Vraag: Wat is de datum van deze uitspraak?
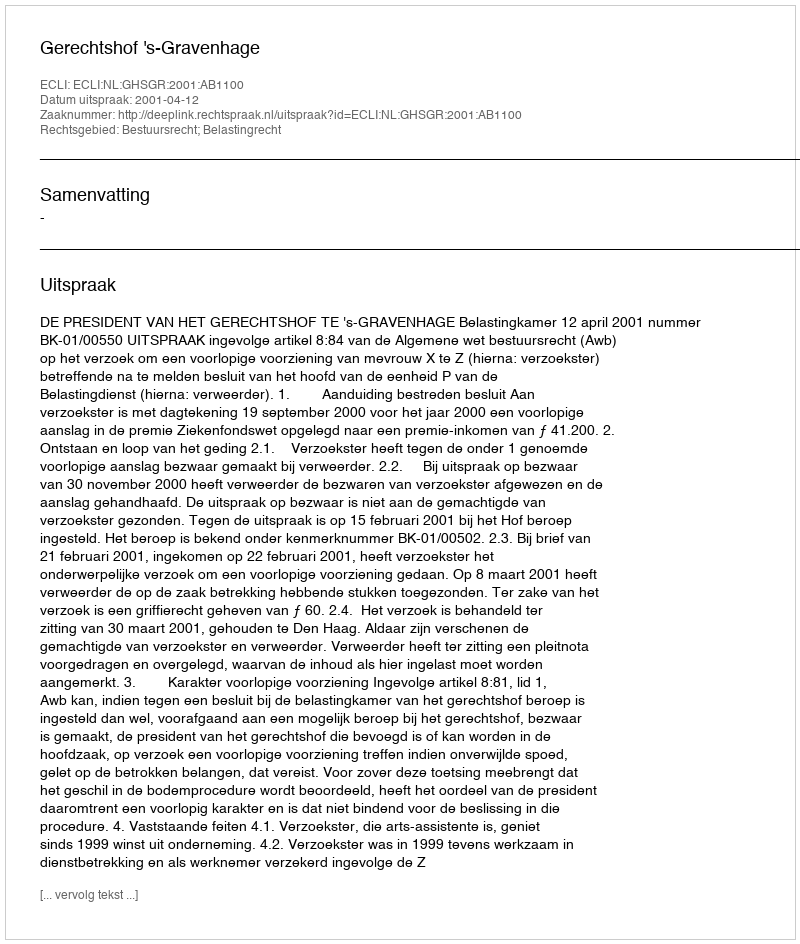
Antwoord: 2001-04-12